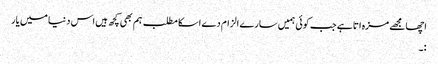
اچھا مجھے مزہ اتا ہے جب کوئی ہمیں سارے الزام دے اسکا مطلب ہم بھی کچھ ہیں اس دنیا میں یار
:۔